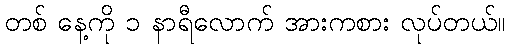
တစ် နေ့ကို ၁ နာရီလောက် အားကစား လုပ်တယ်။